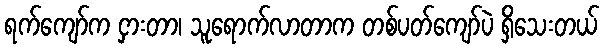
ရက်ကျော်က ငှားတာ၊ သူရောက်လာတာက တစ်ပတ်ကျော်ပဲ ရှိသေးတယ်